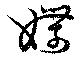
媟